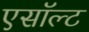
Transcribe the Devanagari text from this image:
एसॉल्ट